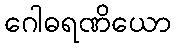
ဂေါဓရဏိယော